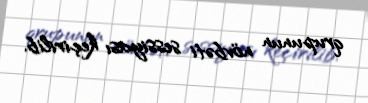
qrupunun növbəti sessiyası keçirilib.